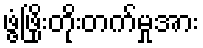
ဖွံ့ဖြိုးတိုးတက်မှုအား